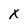
Character: X